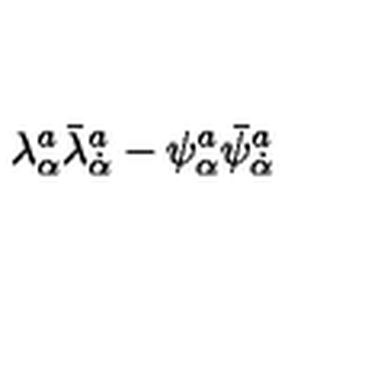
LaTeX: \lambda _ { \alpha } ^ { a } \bar { \lambda } _ { \dot { \alpha } } ^ { a } - \psi _ { \alpha } ^ { a } \bar { \psi } _ { \dot { \alpha } } ^ { a }